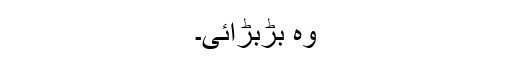
وہ بڑبڑائی۔